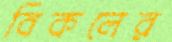
বিকলের